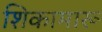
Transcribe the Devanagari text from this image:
शिकामारू